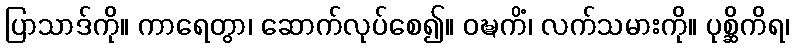
ပြာသာဒ်ကို။ ကာရေတွာ၊ ဆောက်လုပ်စေ၍။ ဝဍ္ဎကိံ၊ လက်သမားကို။ ပုစ္ဆိကိရ၊